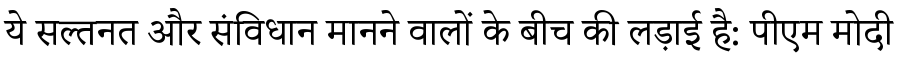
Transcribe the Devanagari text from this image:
ये सल्तनत और संविधान मानने वालों के बीच की लड़ाई है: पीएम मोदी